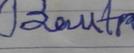
Signature authenticity: forged